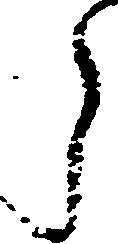
う